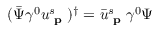
( { \bar { \Psi } } \gamma ^ { 0 } u _ { \textbf { p } } ^ { s } ) ^ { \dagger } = { \bar { u } } _ { \textbf { p } } ^ { s } \gamma ^ { 0 } \Psi